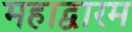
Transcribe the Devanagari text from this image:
महाद्वारम